Report of the Indian Hemp Drugs Commission, 1894-1895 - Volume VII
Year: 1894
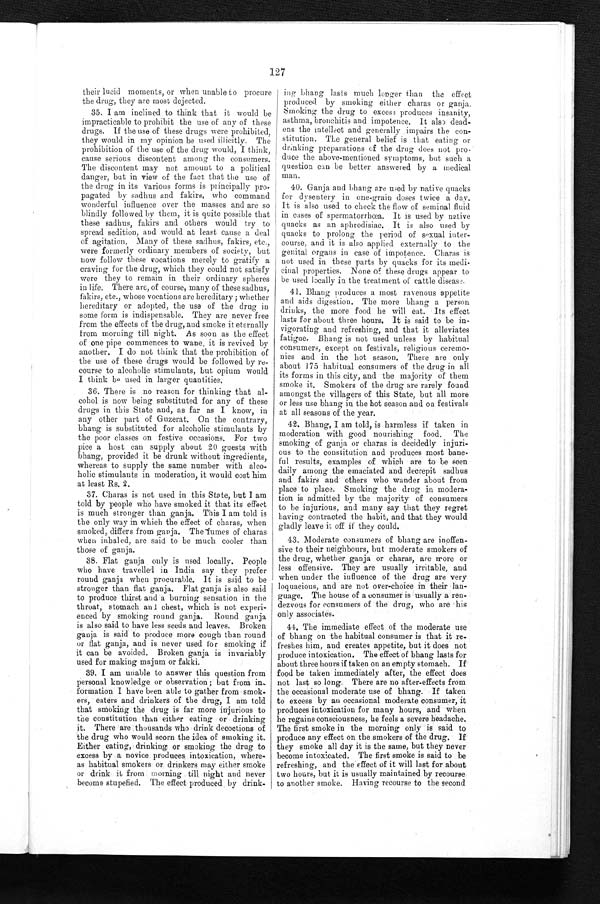
127
their lucid moments, or when unable to procure
the drug, they are most dejected.
35. I am inclined to think that it would be
impracticable to prohibit the use of any of these
drugs. If the use of these drugs were prohibited,
they would in my opinion be used illicitly. The
prohibition of the use of the drug would, I think,
cause serious discontent among the consumers.
The discontent may not amount to a political
danger, but in view of the fact that the use of
the drug in its various forms is principally pro
- p a g a t e d b y s a d h u s a n d f a k i r s , w h o c o m m a n d
wonderful influence over the masses and are so
blindly followed by them, it is quite possible that
these sadhus, fakirs and others would try to
spread sedition, and would at least cause a deal
of agitation. Many of these sadhus, fakirs, etc.,
were formerly ordinary members of society, but
now follow these vocations merely to gratify a
craving for the drug, which they could not satisfy
were they to remain in their ordinary spheres
in life. There are, of course, many of these sadhus,
fakirs, etc., whose vocations are hereditary; whether
hereditary or adopted, the use of the drug in
some form is indispensable. They are never free
from the effects of the drug, and smoke it eternally
from morning till night. As soon as the effect
of one pipe commences to wane, it is revived by
another. I do not think that the prohibition of
the use of these drugs would be followed by re
- c o u r s e t o a l c o h o l i c s t i m u l a n t s , b u t o p i u m w o u l d
I think be used in larger quantities.
36. There is no reason for thinking that al
- c o h o l i s n o w b e i n g s u b s t i t u t e d f o r a n y o f t h e s e
drugs in this State and, as far as I know, in
any other part of Guzerat. On the contrary,
bhang is substituted for alcoholic stimulants by
the poor classes on festive occasions. For two
pice a host can supply about 20 guests with
bhang, provided it be drunk without ingredients,
whereas to supply the same number with alco
- h o l i c s t i m u l a n t s i n m o d e r a t i o n , i t w o u l d c o s t h i m
at least Rs. 2.
37. Charas is not used in this State, but I am
told by people who have smoked it that its effect
is much stronger than ganja. This I am told is
the only way in which the effect of charas, when
smoked, differs from ganja. The fumes of charas
when inhaled, are said to be much cooler than
those of ganja.
38. Flat ganja only is used locally. People
who have travelled in India say they prefer
round ganja when procurable. It is said to be
stronger than flat ganja. Flat ganja is
a l s o s a i d t o p r o d u c e t h i r s t a n d a b u r n i n g s e n s a t i o n i n t h e
throat, stomach and chest, which is not experi
- e n c e d b y s m o k i n g r o u n d g a n j a . R o u n d g a n j a
is also said to have less seeds and leaves. Broken
ganja is said to produce more cough than round
or flat ganja, and is never used for smoking if
it can be avoided. Broken ganja is invariably
used for making majum or fakki.
39. I am unable to answer this question from
personal knowledge or observation; but from in-
formation I have been able to gather from smok
- e r s , e a t e r s a n d d r i n k e r s o f t h e d r u g , I a m t o l d
that smoking the drug is far more injurious to
the constitution than either eating or drinking
it. There are thousands who drink decoctions of
the drug who would scorn the idea of smoking it.
Either eating, drinking or smoking the drug to
excess by a novice produces intoxication, where
- a s h a b i t u a l s m o k e r s o r d r i n k e r s m a y e i t h e r s m o k e
or drink it from morning till night and never
become stupefied. The effect produced by drink-
ing bhang lasts much longer than the effect
p r o d u c e d b y s m o k i n g e i t h e r c h a r a s o r g a n j a
Smoking the drug to excess produces insanity,
asthma, bronchitis and impotence. It also dead
- e n s t h e i n t e l l e c t a n d g e n e r a l l y i m p a i r s t h e c o n -
stitution. The general belief is that eating or
drinking preparations of the drug does not pro
- d u c e t h e a b o v e - m e n t i o n e d s y m p t o m s , b u t s u c h a
question can be better answered by a medical
man.
40. Ganja and bhang are used by native quacks
for dysentery in one-grain doses twice a day.
It is also used to check the flow of seminal fluid
in cases of spermatorrhœa. It is used by native
quacks as an aphrodisiac. It is also used by
quacks to prolong the period of sexual inter
- c o u r s e , a n d i t i s a l s o a p p l i e d e x t e r n a l l y t o t h e
genital organs in case of impotence. Charas is
not used in these parts by quacks for its medi
- c i n a l p r o p e r t i e s . N o n e o f t h e s e d r u g s a p p e a r t o
be used locally in the treatment of cattle diseas e.
41. Bhang produces a most ravenous appetite
and aids digestion. The more bhang a person
drinks, the more food he will eat. Its effect
lasts for about three hours. It is said to be in
- v i g o r a t i n g a n d r e f r e s h i n g , a n d t h a t i t a l l e v i a t e s
fatigue. Bhang is not used unless by habitual
consumers, except on festivals, religious ceremo
- n i e s a n d i n t h e h o t s e a s o n . T h e r e a r e o n l y
about 175 habitual consumers of the drug in all
its forms in this city, and the majority of them
smoke it. Smokers of the drug are rarely found
amongst the villagers of this State, but all more
or less use bhang in the hot season and on festivals
at all seasons of the year.
42. Bhang, I am told, is harmless if taken in
moderation with good nourishing food. The
smoking of ganja or charas is decidedly injuri
-ous to the constitution and produces most bane
- f u l r e s u l t s , e x a m p l e s o f w h i c h a r e t o b e s e e n
daily among the emaciated and decrepit sadhus
and fakirs and others who wander about from
place to place. Smoking the drug in modera
- t i o n i s a d m i t t e d b y t h e m a j o r i t y o f c o n s u m e r s
to be injurious, and many say that they regret
having contracted the habit, and that they would
gladly leave it off if they could.
43. Moderate consumers of bhang are inoffen
-sive to their neighbours, but moderate smokers of
the drug, whether ganja or charas, are more or
less offensive. They are usually irritable, and
when under the influence of the drug are very
loquacious, and are not over-choice in their lan
-guage. The house of a consumer is usually a ren
-dezvous for consumers of the drug, who are his
only associates.
44. The immediate effect of the moderate use
of bhang on the habitual consumer is that it re
- f r e s h e s h i m , a n d c r e a t e s a p p e t i t e , b u t i t d o e s n o t
produce intoxication. The effects of bhang lasts for
about three hours if taken on an empty stomach. If
food be taken immediately after, the effect does
not last so long. There are no after-effects from
the occasional moderate use of bhang. If taken
to excess by an occasional moderate consumer, it
produces intoxication for many hours, and when
he regains consciousness, he feels a severe headache.
The first smoke in the morning only is said to
produce any effect on the smokers of the drug. If
they smoke all day it is the same, but they never
become intoxicated. The first smoke is said to be
refreshing, and the effect of it will last for about
two hours, but it is usually maintained by recourse
to another smoke. Having recourse to the second